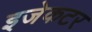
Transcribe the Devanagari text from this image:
इजेकटर